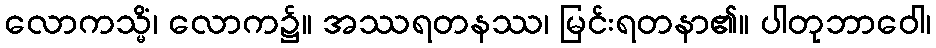
လောကသ္မိံ၊ လောက၌။ အဿရတနဿ၊ မြင်းရတနာ၏။ ပါတုဘာဝေါ၊